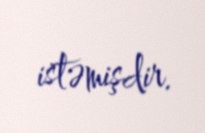
istəmişdir.